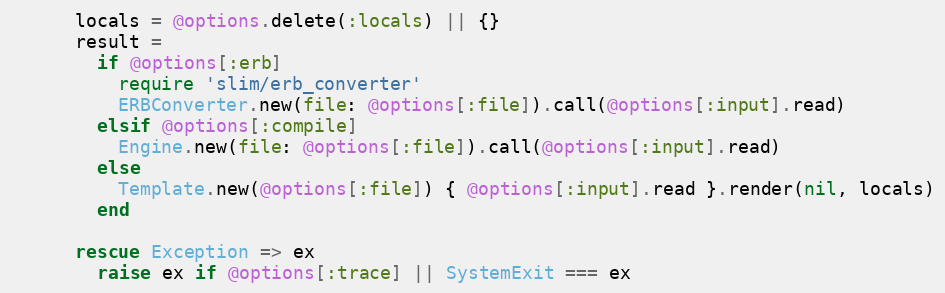
Language: Ruby
      locals = @options.delete(:locals) || {}
      result =
        if @options[:erb]
          require 'slim/erb_converter'
          ERBConverter.new(file: @options[:file]).call(@options[:input].read)
        elsif @options[:compile]
          Engine.new(file: @options[:file]).call(@options[:input].read)
        else
          Template.new(@options[:file]) { @options[:input].read }.render(nil, locals)
        end

      rescue Exception => ex
        raise ex if @options[:trace] || SystemExit === ex